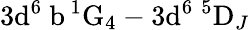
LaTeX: \mathrm{3d^{6}\ b\, ^{1}G_{4}}-\mathrm{3d^{6}\ ^{5}D}_{J}